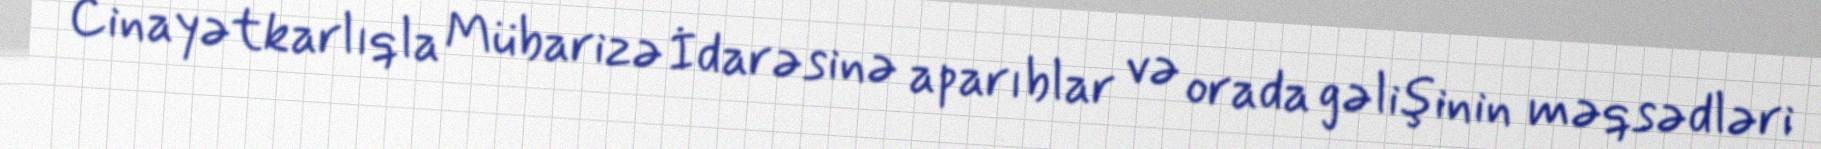
Cinayətkarlıqla Mübarizə İdarəsinə aparıblar və orada gəlişinin məqsədləri